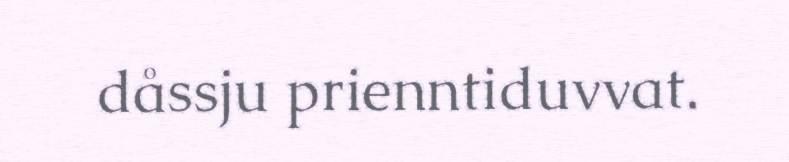
dåssju prienntiduvvat.